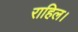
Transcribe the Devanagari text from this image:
राहिल।